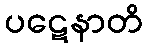
ပဋေနာတိ